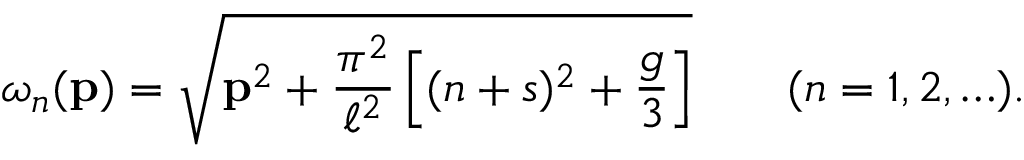
\omega _ { n } ( { \bf p } ) = \sqrt { { \bf p } ^ { 2 } + \frac { \pi ^ { 2 } } { \ell ^ { 2 } } \left[ ( n + s ) ^ { 2 } + \frac { g } { 3 } \right] } \qquad ( n = 1 , 2 , \ldots ) .